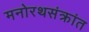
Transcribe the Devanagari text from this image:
मनोरथसंक्रांत